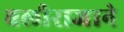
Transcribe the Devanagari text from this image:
बलीराजाने